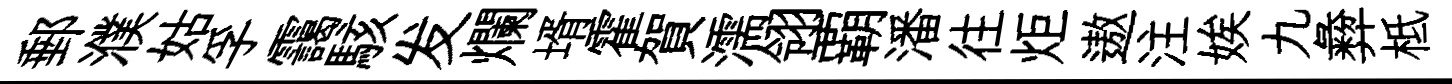
郵濮姑孚靄駭发爛壻霍賀濡翎覇潘往炬遨注娭九彜柢